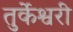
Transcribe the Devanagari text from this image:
तुर्केश्वरी